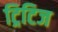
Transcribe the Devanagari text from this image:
ट्रिटिज